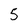
Character: 5